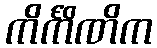
ကိင်္ကိဏိက